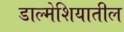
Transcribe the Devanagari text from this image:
डाल्मेशियातील